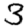
Digit: 3